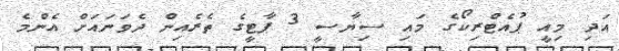
އަދި މިއީ ޕުއެޓްރިކޯގެ މައި ސިޔާސީ 3 ޕާޓީގެ ތެރެއިން ދެވަނައަށް އެންމެ